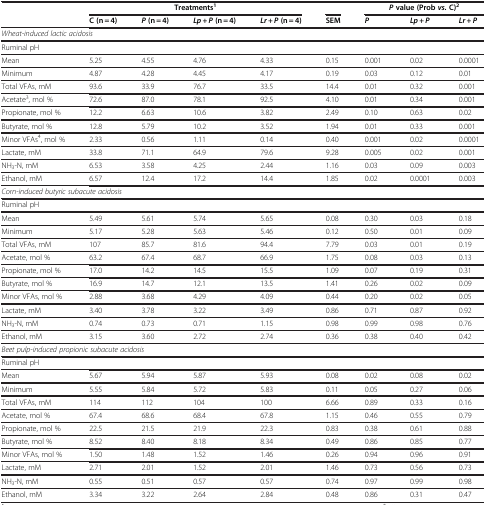
<table><thead><tr><td><b> </b></td><td colspan="4"><b>Treatments<sup>1</sup></b></td><td><b> </b></td><td colspan="3"><b> <i>P</i> value (Prob <i>vs.</i> C)<sup>2</sup></b></td></tr><tr><td><b> </b></td><td><b>C (n = 4)</b></td><td><b> <i>P</i> (n = 4)</b></td><td><b> <i>Lp + P</i> (n = 4)</b></td><td><b> <i>Lr + P</i> (n = 4)</b></td><td><b>SEM</b></td><td><b> <i>P</i> </b></td><td><b> <i>Lp + P</i> </b></td><td><b> <i>Lr + P</i> </b></td></tr></thead><tbody><tr><td colspan="9"><i>Wheat-induced lactic acidosis</i></td></tr><tr><td>Ruminal pH</td><td> </td><td> </td><td> </td><td> </td><td> </td><td> </td><td> </td><td> </td></tr><tr><td>Mean</td><td>5.25</td><td>4.55</td><td>4.76</td><td>4.33</td><td>0.15</td><td>0.001</td><td>0.02</td><td>0.0001</td></tr><tr><td>Minimum</td><td>4.87</td><td>4.28</td><td>4.45</td><td>4.17</td><td>0.19</td><td>0.03</td><td>0.12</td><td>0.01</td></tr><tr><td>Total VFAs, mM</td><td>93.6</td><td>33.9</td><td>76.7</td><td>33.5</td><td>14.4</td><td>0.01</td><td>0.32</td><td>0.001</td></tr><tr><td>Acetate<sup>3</sup>, mol %</td><td>72.6</td><td>87.0</td><td>78.1</td><td>92.5</td><td>4.10</td><td>0.01</td><td>0.34</td><td>0.001</td></tr><tr><td>Propionate, mol %</td><td>12.2</td><td>6.63</td><td>10.6</td><td>3.82</td><td>2.49</td><td>0.10</td><td>0.63</td><td>0.02</td></tr><tr><td>Butyrate, mol %</td><td>12.8</td><td>5.79</td><td>10.2</td><td>3.52</td><td>1.94</td><td>0.01</td><td>0.33</td><td>0.001</td></tr><tr><td>Minor VFAs<sup>4</sup>, mol %</td><td>2.33</td><td>0.56</td><td>1.11</td><td>0.14</td><td>0.40</td><td>0.001</td><td>0.02</td><td>0.0001</td></tr><tr><td>Lactate, mM</td><td>33.8</td><td>71.1</td><td>64.9</td><td>79.6</td><td>9.28</td><td>0.005</td><td>0.02</td><td>0.001</td></tr><tr><td>NH<sub>3</sub>-N, mM</td><td>6.53</td><td>3.58</td><td>4.25</td><td>2.44</td><td>1.16</td><td>0.03</td><td>0.09</td><td>0.003</td></tr><tr><td>Ethanol, mM</td><td>6.57</td><td>12.4</td><td>17.2</td><td>14.4</td><td>1.85</td><td>0.02</td><td>0.0001</td><td>0.003</td></tr><tr><td colspan="9"><i>Corn-induced butyric subacute acidosis</i></td></tr><tr><td>Ruminal pH</td><td> </td><td> </td><td> </td><td> </td><td> </td><td> </td><td> </td><td> </td></tr><tr><td>Mean</td><td>5.49</td><td>5.61</td><td>5.74</td><td>5.65</td><td>0.08</td><td>0.30</td><td>0.03</td><td>0.18</td></tr><tr><td>Minimum</td><td>5.17</td><td>5.28</td><td>5.63</td><td>5.46</td><td>0.12</td><td>0.50</td><td>0.01</td><td>0.09</td></tr><tr><td>Total VFAs, mM</td><td>107</td><td>85.7</td><td>81.6</td><td>94.4</td><td>7.79</td><td>0.03</td><td>0.01</td><td>0.19</td></tr><tr><td>Acetate, mol %</td><td>63.2</td><td>67.4</td><td>68.7</td><td>66.9</td><td>1.75</td><td>0.08</td><td>0.03</td><td>0.13</td></tr><tr><td>Propionate, mol %</td><td>17.0</td><td>14.2</td><td>14.5</td><td>15.5</td><td>1.09</td><td>0.07</td><td>0.19</td><td>0.31</td></tr><tr><td>Butyrate, mol %</td><td>16.9</td><td>14.7</td><td>12.1</td><td>13.5</td><td>1.41</td><td>0.26</td><td>0.02</td><td>0.09</td></tr><tr><td>Minor VFAs, mol %</td><td>2.88</td><td>3.68</td><td>4.29</td><td>4.09</td><td>0.44</td><td>0.20</td><td>0.02</td><td>0.05</td></tr><tr><td>Lactate, mM</td><td>3.40</td><td>3.78</td><td>3.22</td><td>3.49</td><td>0.86</td><td>0.71</td><td>0.87</td><td>0.92</td></tr><tr><td>NH<sub>3</sub>-N, mM</td><td>0.74</td><td>0.73</td><td>0.71</td><td>1.15</td><td>0.98</td><td>0.99</td><td>0.98</td><td>0.76</td></tr><tr><td>Ethanol, mM</td><td>3.15</td><td>3.60</td><td>2.72</td><td>2.74</td><td>0.36</td><td>0.38</td><td>0.40</td><td>0.42</td></tr><tr><td colspan="9"><i>Beet pulp-induced propionic subacute acidosis</i></td></tr><tr><td>Ruminal pH</td><td> </td><td> </td><td> </td><td> </td><td> </td><td> </td><td> </td><td> </td></tr><tr><td>Mean</td><td>5.67</td><td>5.94</td><td>5.87</td><td>5.93</td><td>0.08</td><td>0.02</td><td>0.08</td><td>0.02</td></tr><tr><td>Minimum</td><td>5.55</td><td>5.84</td><td>5.72</td><td>5.83</td><td>0.11</td><td>0.05</td><td>0.27</td><td>0.06</td></tr><tr><td>Total VFAs, mM</td><td>114</td><td>112</td><td>104</td><td>100</td><td>6.66</td><td>0.89</td><td>0.33</td><td>0.16</td></tr><tr><td>Acetate, mol %</td><td>67.4</td><td>68.6</td><td>68.4</td><td>67.8</td><td>1.15</td><td>0.46</td><td>0.55</td><td>0.79</td></tr><tr><td>Propionate, mol %</td><td>22.5</td><td>21.5</td><td>21.9</td><td>22.3</td><td>0.83</td><td>0.38</td><td>0.61</td><td>0.88</td></tr><tr><td>Butyrate, mol %</td><td>8.52</td><td>8.40</td><td>8.18</td><td>8.34</td><td>0.49</td><td>0.86</td><td>0.85</td><td>0.77</td></tr><tr><td>Minor VFAs, mol %</td><td>1.50</td><td>1.48</td><td>1.52</td><td>1.46</td><td>0.26</td><td>0.94</td><td>0.96</td><td>0.91</td></tr><tr><td>Lactate, mM</td><td>2.71</td><td>2.01</td><td>1.52</td><td>2.01</td><td>1.46</td><td>0.73</td><td>0.56</td><td>0.73</td></tr><tr><td>NH<sub>3</sub>-N, mM</td><td>0.55</td><td>0.51</td><td>0.57</td><td>0.57</td><td>0.74</td><td>0.97</td><td>0.99</td><td>0.98</td></tr><tr><td>Ethanol, mM</td><td>3.34</td><td>3.22</td><td>2.64</td><td>2.84</td><td>0.48</td><td>0.86</td><td>0.31</td><td>0.47</td></tr></tbody></table>